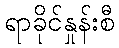
ရာခိုင်နှုန်းစီ